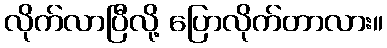
လိုက်လာပြီလို့ ပြောလိုက်တာလား။